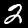
Label: 2